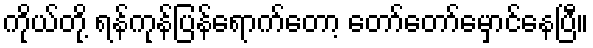
ကိုယ်တို့ ရန်ကုန်ပြန်ရောက်တော့ တော်တော်မှောင်နေပြီ။